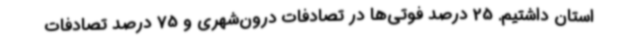
استان داشتیم. 25 درصد فوتی‌ها در تصادفات درون‌شهری و 75 درصد تصادفات